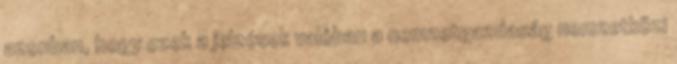
azonban, hogy ezek a jelzések valóban a nemzetgazdaság nemzetközi